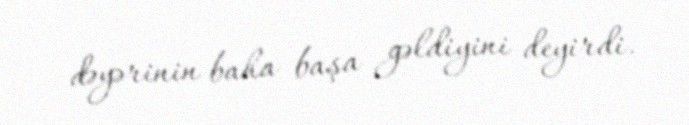
dəyərinin baha başa gəldiyini deyirdi.